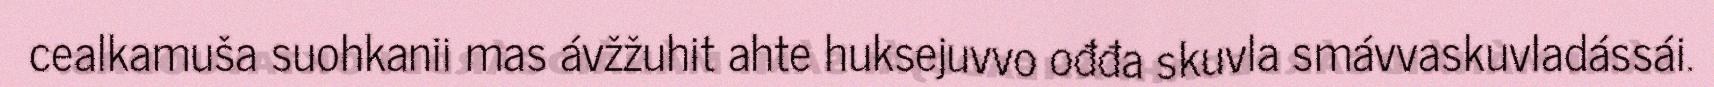
cealkamuša suohkanii mas ávžžuhit ahte huksejuvvo ođđa skuvla smávvaskuvladássái.